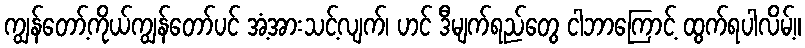
ကျွန်တော့်ကိုယ်ကျွန်တော်ပင် အံ့အားသင့်လျက်၊ ဟင် ဒီမျက်ရည်တွေ ငါဘာကြောင့် ထွက်ရပါလိမ့်။